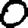
Digit: 0